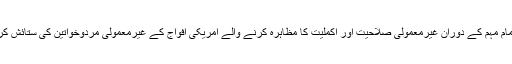
آج میں اس تمام مہم کے دوران غیرمعمولی صلاحیت اور اکملیت کا مظاہرہ کرنے والے امریکی افواج کے غیرمعمولی مردوخواتین کی ستائش کرنا چاہتا ہوں۔